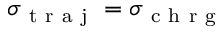
\sigma _ { \mathrm { ~ t ~ r ~ a ~ j ~ } } = \sigma _ { \mathrm { ~ c ~ h ~ r ~ g ~ } }